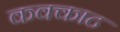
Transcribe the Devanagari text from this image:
कक्काट